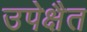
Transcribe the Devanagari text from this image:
उपेक्षैत